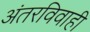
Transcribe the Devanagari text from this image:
अंतरविवाही